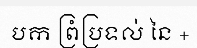
បក ព្រំប្រទល់ នៃ +